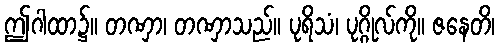
ဤဂါထာ၌။ တဏှာ၊ တဏှာသည်။ ပုရိသံ၊ ပုဂ္ဂိုလ်ကို။ ဇနေတိ၊